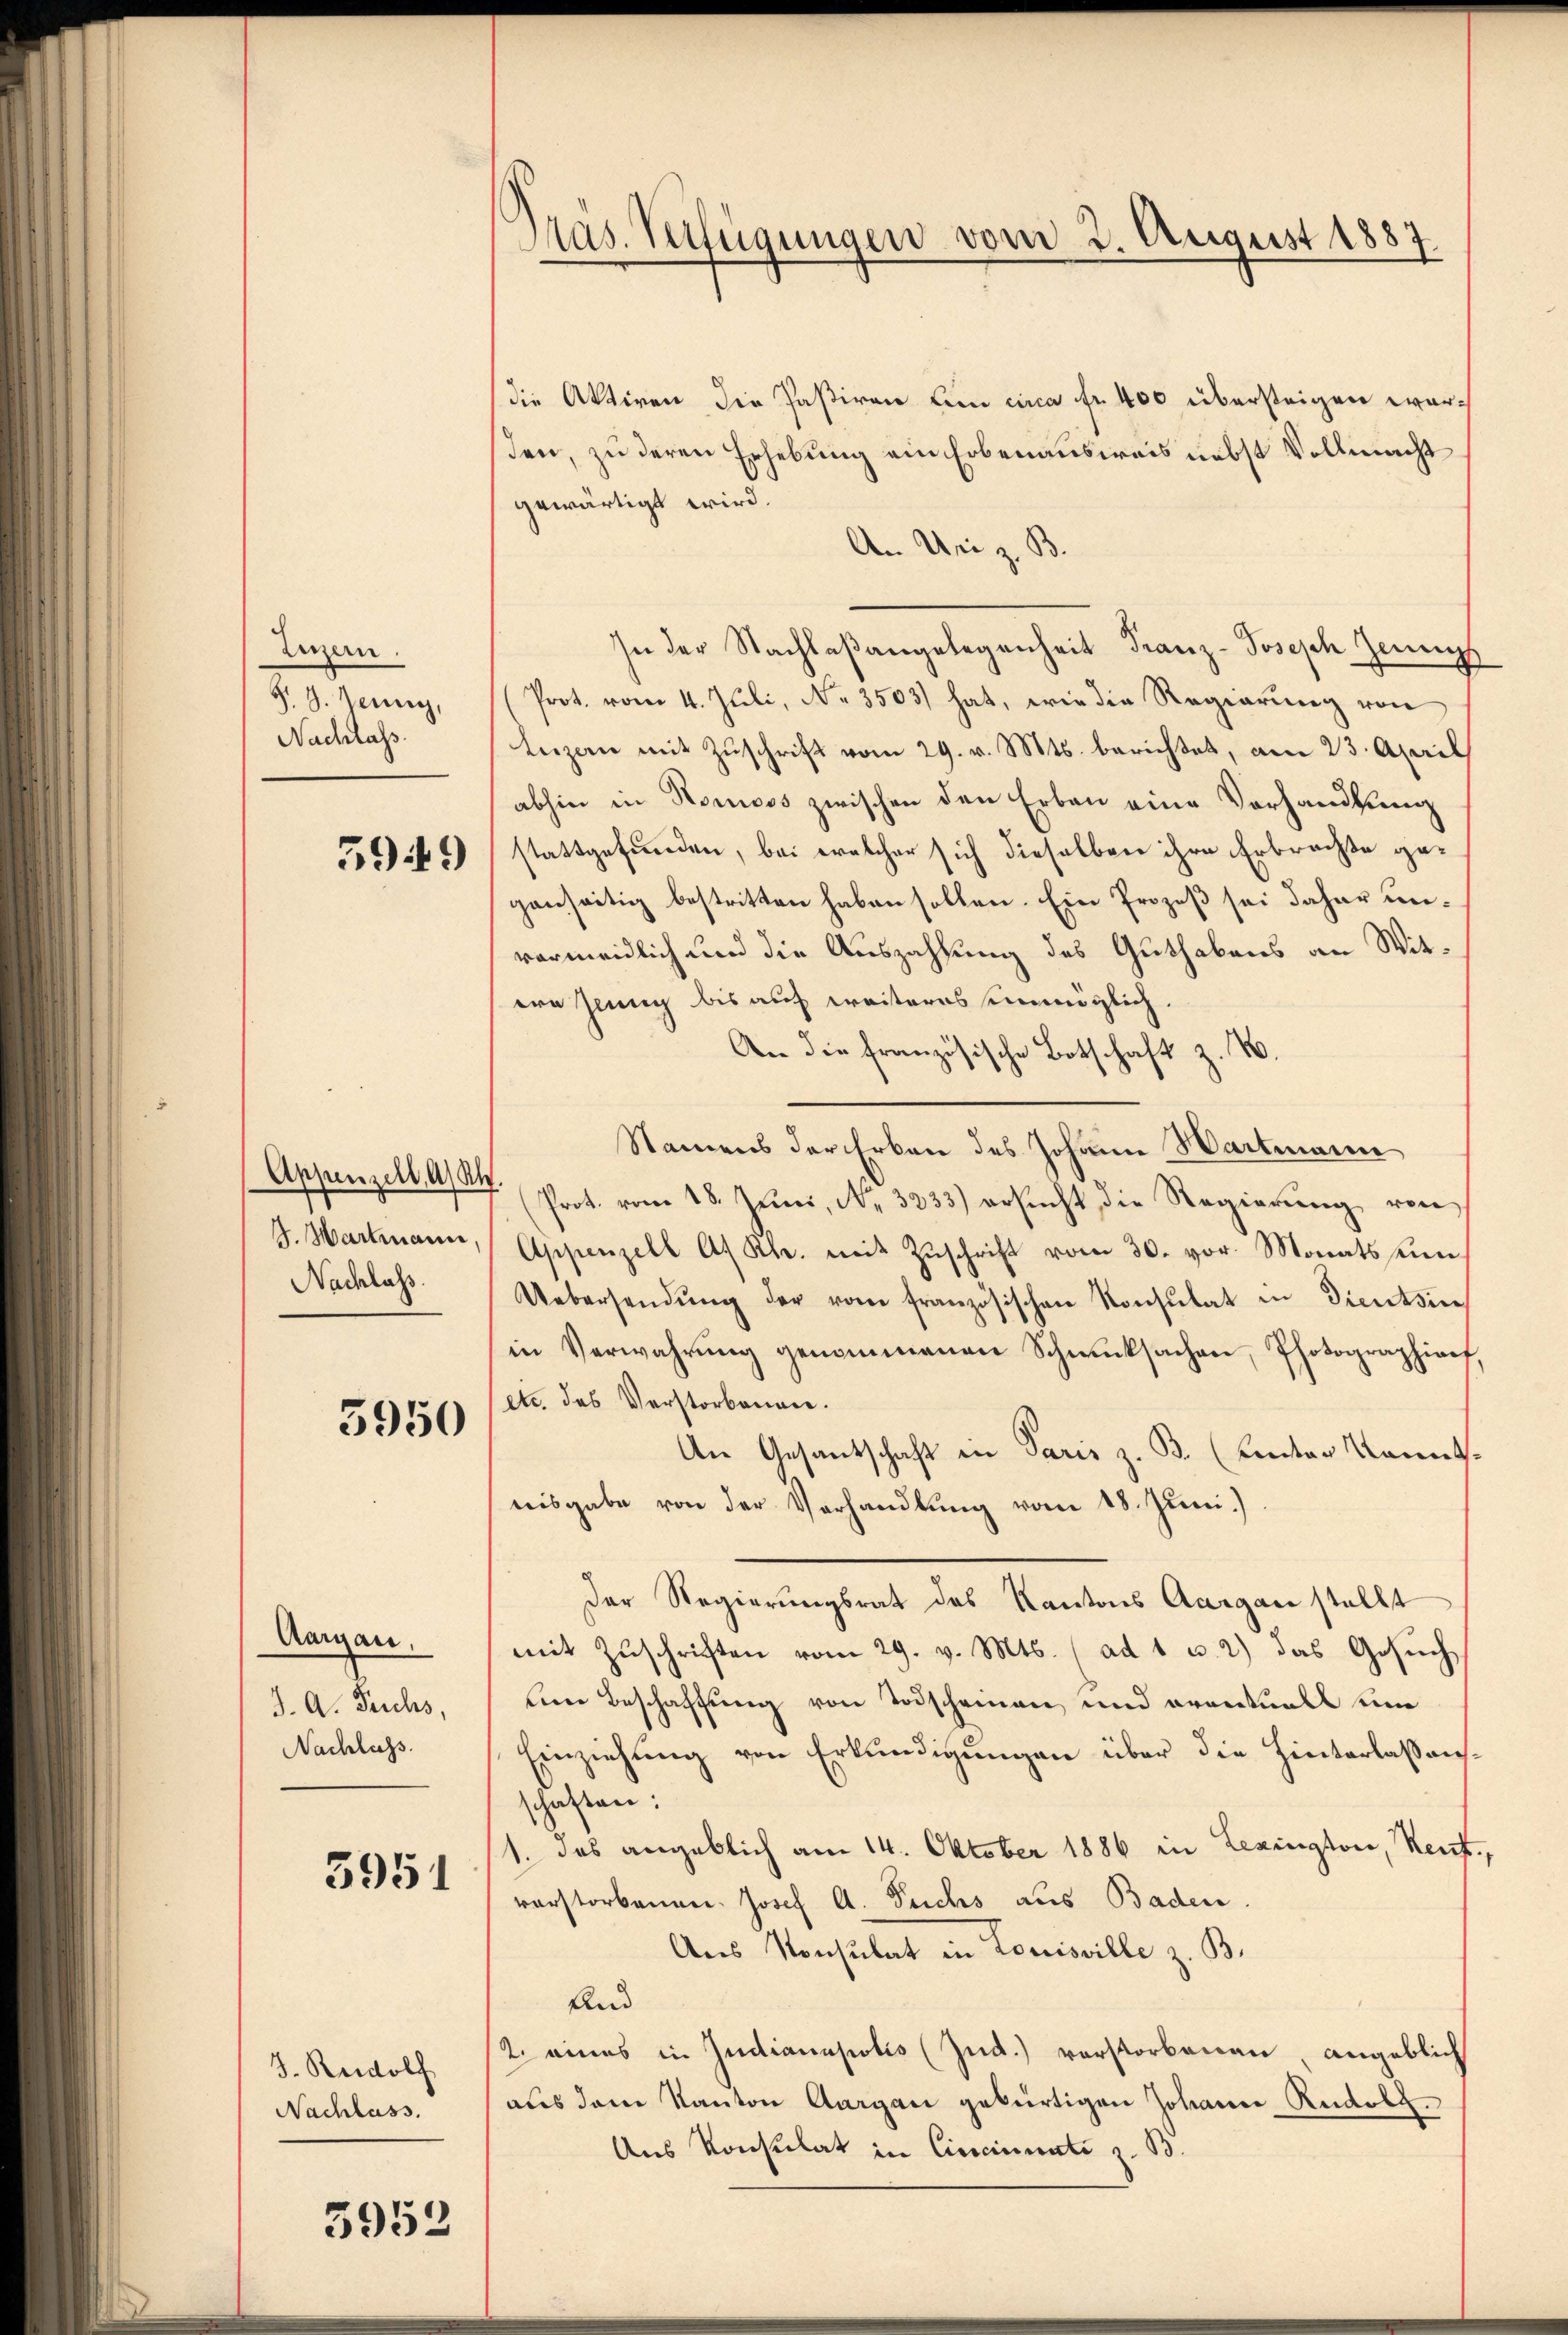
Luzern.
G. J. Jenny,
Nachlass.

5949)

Appenzell A/Rh
G. Hartmann,
Nachlass.

5950

Aargau,
J. A. Fruchs,
Nachlass.

5951

J. Rudolf
Nachlass.

5953

Präs. Verfügungen vom 2. August 1887

die Aktiven die Paßiven den circa fr. 400 übersteigen worden, zu deren Erhebung ein Erbenausweis nebst Vollmacht
gewärtigt wird.
An Uri z. B.
In der Nachlaßangelegenheit Franz-Joseph Zeungs
Prot. vom 4. Juli, No. 3503) hat, wie die Regierung von
Luzern mit Zŭschrift vom 29. v. Mts. berichtet, am 23. April
abhin in Romoss zwischen den Erben eine Vorhandlung
stattgefunden, bei welcher sich dieselben ihre Erbrachte gegenseitig bestritten haben sollen. Ein Prozeß sei daher unvermeidlich und die Auszahlung des Guthabens an Witern Zeung bis auf weiteres unmöglich.
An die französische Botschaft z. B.
Namens der Erben des Johann Hartmann
 (Prot. vom 18. Jŭni, Nr. 3233) ersŭcht die Regierŭng von
Appenzell A. Rh. mit Zuschrift vom 30. vor. Monatsun¬
Uebersendŭng der vom französischen Konsulat in Dientsin
in Verwahrŭng genommenen Schmucksachen, Photographiarf,
etc. das Verstorbenen.
An Gesantschaft in Paris z. B. (Kanton Kannsnisgabe von der Verhandlung vom 18. Juni.)
Der Regierungsrat des Kantons Aargau stellt
mit Zuschriften vom 29. v. Mts. (ad 1 u. 2) das Gesuch
Leine Beschaffung von Todscheinen und eventuell eine
Einziehung von Erkundigungen über die Hinterlaßenschaften:
1. das angeblich am 14. Oktober 1886 in Lexington, Rent,
vorstorbenen. Josef A. Fuchs aus Baden.
Aus Konsulat in Louisville z. B.
Und
2. eines in Judianapotis (Jud.) verstorbenen, angeblich
aus dem Kanton Aargau gebürtigen Johann Rudolz.
Aus Konsulat in Cincinati z. B.